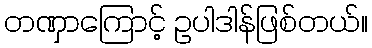
တဏှာကြောင့် ဥပါဒါန်ဖြစ်တယ်။